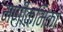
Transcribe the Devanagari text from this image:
मणीकमिका